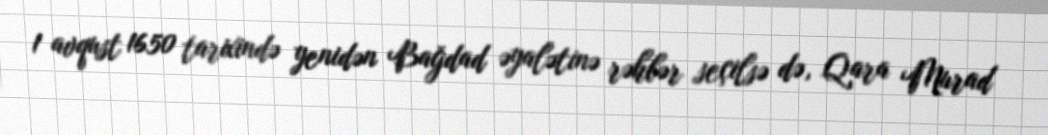
1 avqust 1650 tarixində yenidən Bağdad əyalətinə rəhbər seçilsə də, Qara Murad